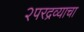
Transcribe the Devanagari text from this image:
२परद्रव्याचा